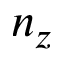
n _ { z }